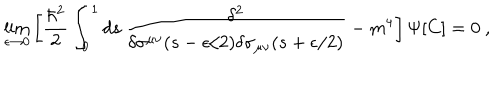
LaTeX: \lim _ { \epsilon \rightarrow 0 } \left[ { \frac { \hbar ^ { 2 } } { 2 } } \int _ { 0 } ^ { 1 } d s \, { \frac { \delta ^ { 2 } } { \delta \sigma ^ { \mu \nu } ( s - \epsilon / 2 ) \delta \sigma _ { \mu \nu } ( s + \epsilon / 2 ) } } - m ^ { 4 } \right] \Psi [ C ] = 0 \ ,